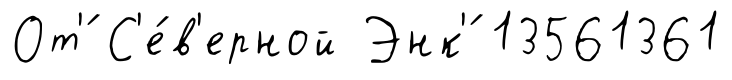
От'́ С'е́в'ерной Энк'́ 13561361